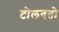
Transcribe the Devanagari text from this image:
टोलवतो